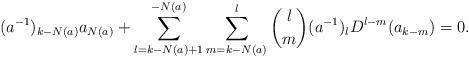
LaTeX: \begin{align*}(a^{-1})_{k-N(a)} a_{N(a)} + \sum_{l=k-N(a)+1}^{-N(a)} \sum_{m=k-N(a)}^l{l \choose m} (a^{-1})_l D^{l-m} (a_{k-m}) = 0. \end{align*}